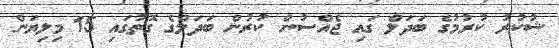
ޝުކުރު ކުރުމުގެ ބަދަލް ގައި ޖެއްސުން ކުރުން ބަދަލްގެ ގޮތުގައި 15 މިލިޔަން